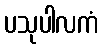
ပသုပါလကံ